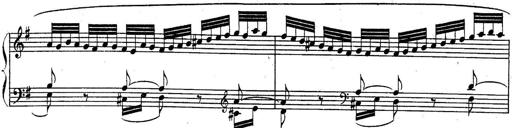
Title: Sonatina for Piano
Composer: BÃ©la BartÃ³k